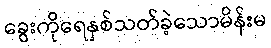
ခွေးကိုရေနှစ်သတ်ခဲ့သောမိန်းမ